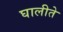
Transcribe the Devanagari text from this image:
घालीते